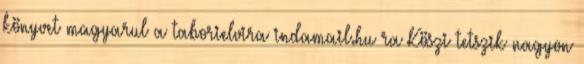
könyvet magyarul a taborielvira indamail.hu ra Köszi tetszik nagyon